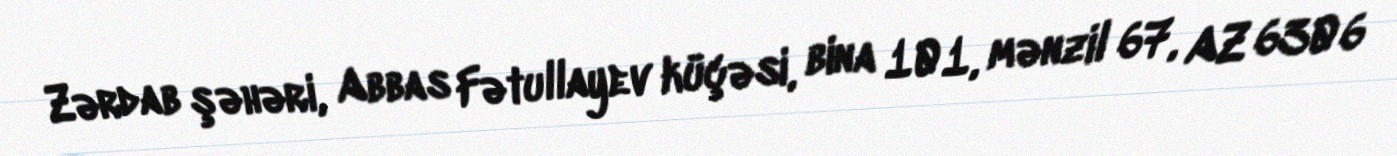
Zərdab şəhəri, Abbas Fətullayev küçəsi, bina 101, mənzil 67, AZ 6306